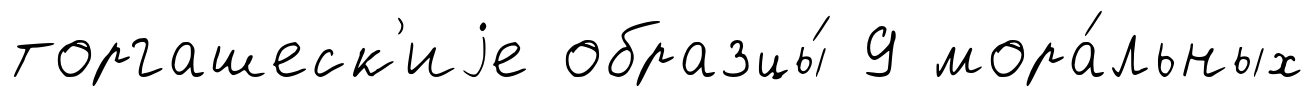
торгашеск'иjе образцы́ 9 мора́льных